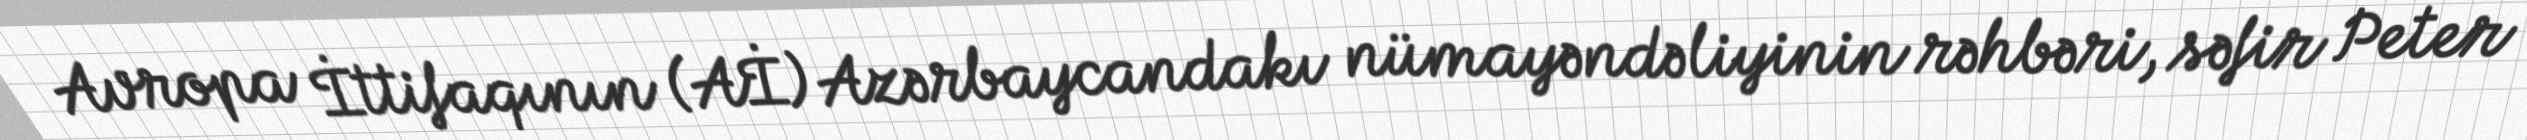
Avropa İttifaqının (Aİ) Azərbaycandakı nümayəndəliyinin rəhbəri, səfir Peter